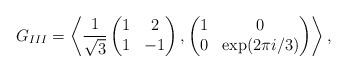
LaTeX: \begin{align*}G_{III} = \left\langle \frac{1}{\sqrt{3}} \begin{pmatrix}1 & 2 \\1 & -1\end{pmatrix},\begin{pmatrix}1 & 0 \\0 & \exp(2 \pi i / 3)\end{pmatrix}\right\rangle,\end{align*}